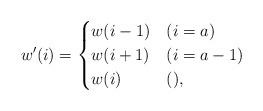
LaTeX: \begin{align*}w'(i)=\begin{cases}w(i-1)&(i=a)\\w(i+1)&(i=a-1)\\w(i)&(),\end{cases}\end{align*}